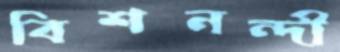
বিশনন্দী